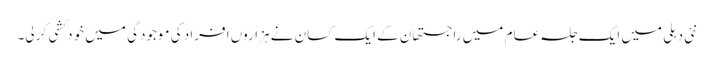
نئی دہلی میں ایک جلسہ عام میں راجستھان کے ایک کسان نے ہزاروں افراد کی موجودگی میں خود کشی کر لی۔